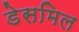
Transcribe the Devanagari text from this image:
डेसमिल